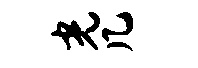
光几